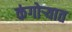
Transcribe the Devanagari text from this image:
कंगोऱ्यात